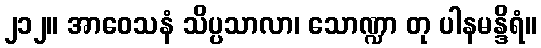
၂၁၂။ အာဝေသနံ သိပ္ပသာလာ၊ သောဏ္ဍာ တု ပါနမန္ဒိရံ။